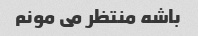
باشه منتظر می مونم